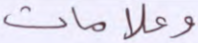
وعلامات